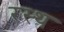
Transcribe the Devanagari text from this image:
रस्थ